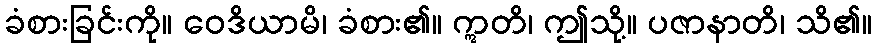
ခံစားခြင်းကို။ ဝေဒိယာမိ၊ ခံစား၏။ ဣတိ၊ ဤသို့။ ပဇာနာတိ၊ သိ၏။